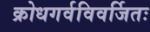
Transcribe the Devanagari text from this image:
क्रोधगर्वविवर्जितः